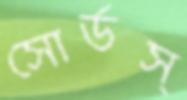
সোর্ডস্